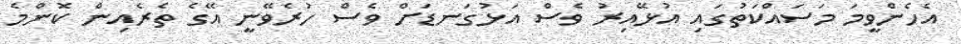
އެހެންވީމަ މަސައްކަތުގައި އުޅޭއިރު ވެސް އަޅުގަނޑަށް ވެސް ހުރެވޭނީ އޭގެ ތެރެއިން ކޮންމެ